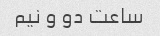
ساعت دو و نیم